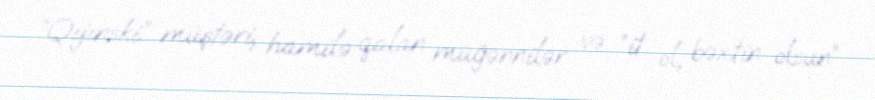
“Qıjınski” müştəri, hamilə qalan müğənnilər və “it ol, bəxtin olsun”